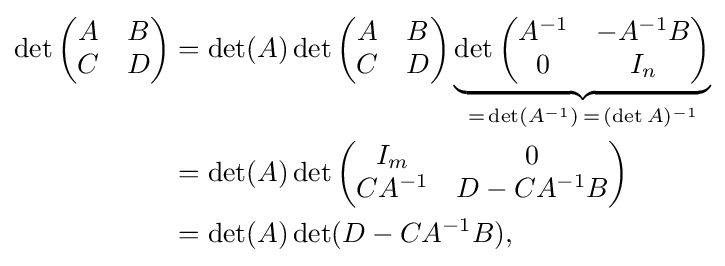
{\begin{aligned}\det {\begin{pmatrix}A&B\\C&D\end{pmatrix}}&=\det(A)\det {\begin{pmatrix}A&B\\C&D\end{pmatrix}}\underbrace {\det {\begin{pmatrix}A^{-1}&-A^{-1}B\\0&I_{n}\end{pmatrix}}} _{=\,\det(A^{-1})\,=\,(\det A)^{-1}}\\&=\det(A)\det {\begin{pmatrix}I_{m}&0\\CA^{-1}&D-CA^{-1}B\end{pmatrix}}\\&=\det(A)\det(D-CA^{-1}B),\end{aligned}}